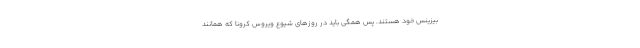
بیزینس خود هستند. پس همگی باید در روزهای شیوع ویروس کرونا که همانند